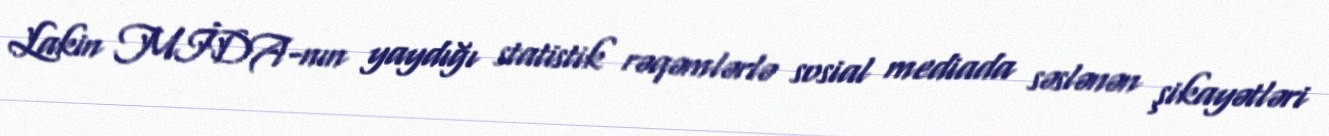
Lakin MİDA-nın yaydığı statistik rəqəmlərlə sosial mediada səslənən şikayətləri